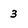
Character: 3